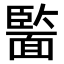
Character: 𩈵